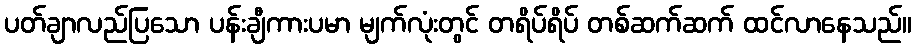
ပတ်ချာလည်ပြသော ပန်းချီကားပမာ မျက်လုံးတွင် တရိပ်ရိပ် တစ်ဆက်ဆက် ထင်လာနေသည်။